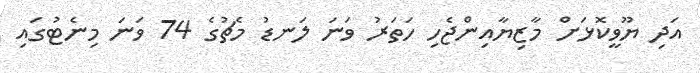
އަދި ޔޫވީކޮޅަށް މާޒިޔާއިންޖެހި ހަތަރު ވަނަ ލަނޑު މެޗުގެ 74 ވަނަ މިނެޓުގައި